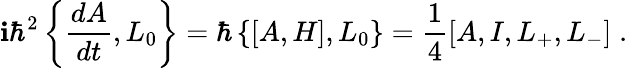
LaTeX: \mathbf{i}\hbar^{2}\left\{ \frac{{dA}}{{dt}},L_{0}\right\} =\hbar\left\{ \left[A,H\right],L_{0}\right\} =\frac{{1}}{{4}}\left[A,I,L_{+},L_{-}\right]\; .